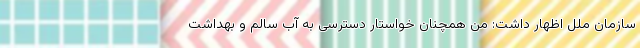
سازمان ملل اظهار داشت: من همچنان خواستار دسترسی به آب سالم و بهداشت